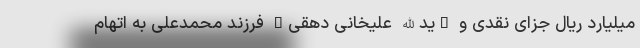
میلیارد ریال جزای نقدی و "یدالله علیخانی دهقی" فرزند محمدعلی به اتهام